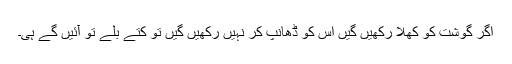
اگر گوشت کو کھلا رکھیں گیں اس کو ڈھانپ کر نہیں رکھیں گیں تو کتے بلے تو آئیں گے ہی۔